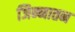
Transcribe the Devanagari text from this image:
जिन्नातन